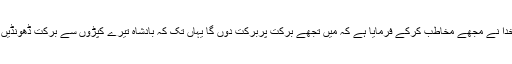
اور خدا نے مجھے مخاطب کرکے فرمایا ہے کہ مَیں تجھے برکت پربرکت دوں گا یہاں تک کہ بادشاہ تیرے کپڑوں سے برکت ڈھونڈیں گے۔